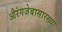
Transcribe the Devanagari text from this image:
औरंगजेबासारख्या